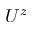
U ^ { z }